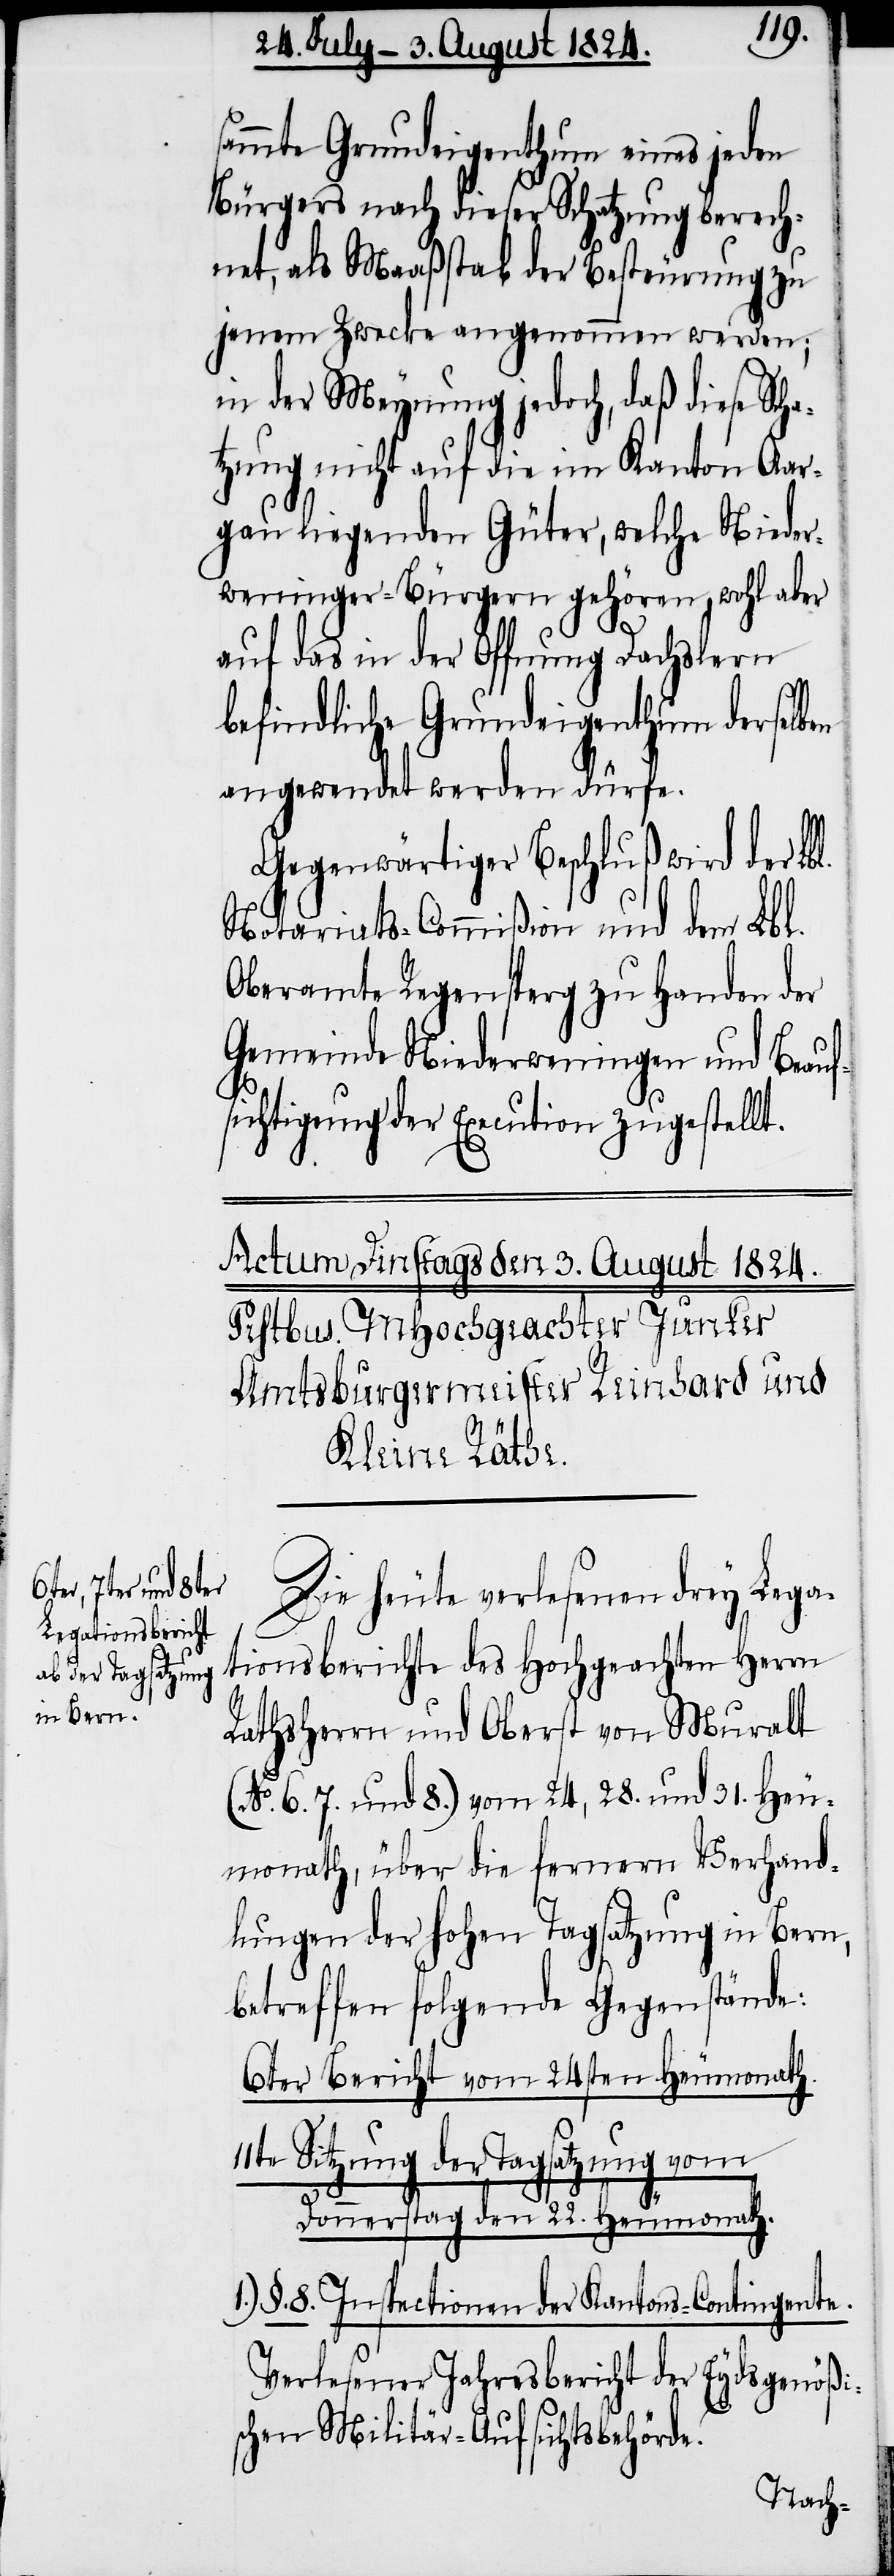
sammte Grundeigenthum eines jeden
Bürgers nach dieser Schatzung berech¬
net, als Maaßstab der Besteurung zu
jenem Zwecke angenommen werden;
in der Meynung jedoch, daß diese Scha¬
tzung nicht auf die im Kanton Aar¬
gau liegenden Güter, welche Nieder¬
weninger-Bürger gehören, wohl aber
auf das in der Offnung Dachslern
befindliche Grundeigenthum derselben
angewendet werden dürfe.
Gegenwärtiger Beschluß wird der Lb¬
Notariats-Commißion und dem Lbl.
Oberamte Regensperg zu Handen der
Gemeinde Niederweningen und Beauf¬
sichtigung der Execution zugestellt.
l.
Die heute verlesenen drey Lega¬
tionsberichte des Hochgeachten Herrn
Rathsherrn und Oberst von Muralt
(No. 6. 7. und 8.) vom 24, 28. und 31. Heu¬
monath, über die fernern Verhand¬
lungen der hohen Tagsatzung in Bern,
betreffen folgende Gegenstände:
6ter Bericht vom 24sten Heumonath.
11te Sitzung der Tagsatzung vom
Donnerstag den 22. Heumonath.
§. 8. Inspectionen der Kantons-Contingente.
Verlesener Jahresbericht der Eydsgenößi¬
schen Militär-Aufsichtsbehörde.